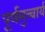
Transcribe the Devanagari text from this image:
पूर्वमुच्चार्य